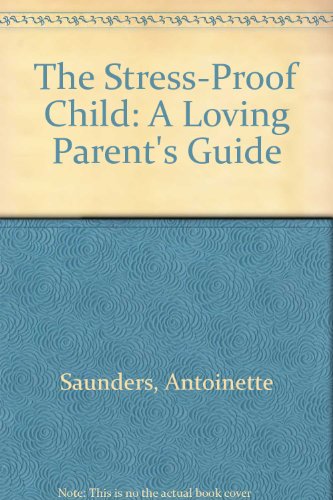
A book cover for The Stress-Proof Child: A Loving Parent's Guide; Antoinette Saunders; Parenting & Relationships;